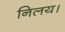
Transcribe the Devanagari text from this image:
निलय।